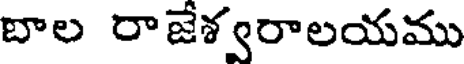
బాల రాజేశ్వరాలయము